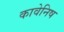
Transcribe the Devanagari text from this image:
कावेनिष